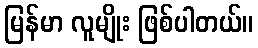
မြန်မာ လူမျိုး ဖြစ်ပါတယ်။